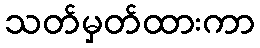
သတ်မှတ်ထားကာ